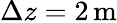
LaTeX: \Delta z=2\mathrm{\, m}